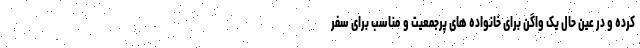
کرده و در عین حال یک واگن برای خانواده های پرجمعیت و مناسب برای سفر